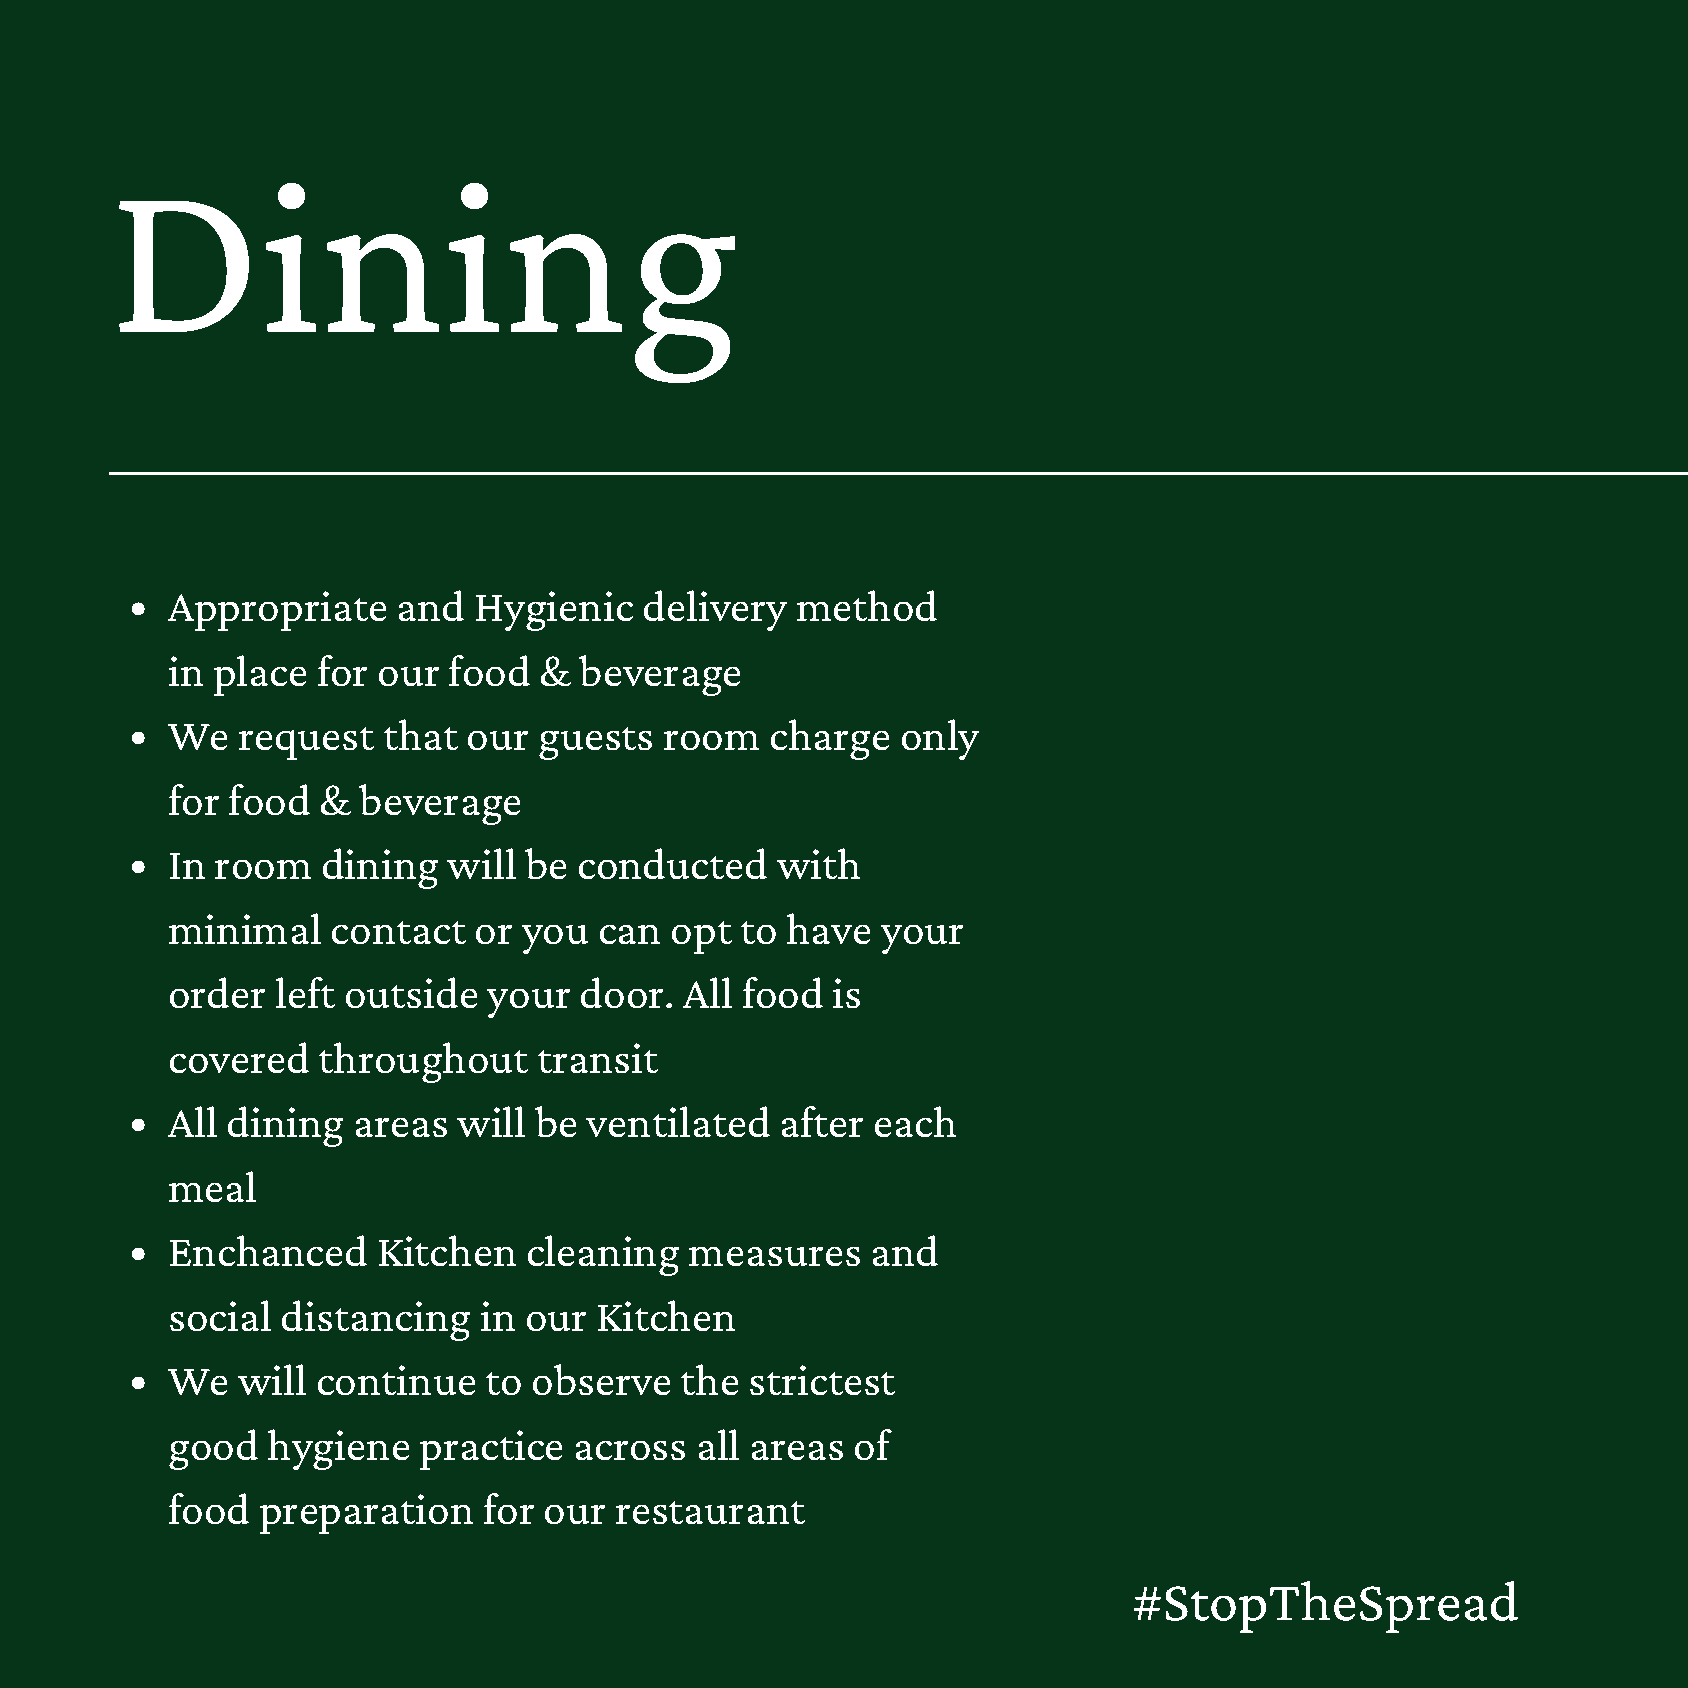
Dining
 Appropriate    and  Hygienic   delivery   method
 in place  for our  food  & beverage
 We   request  that  our  guests  room   charge   only
 for food  &  beverage
 In room   dining   will be conducted    with
 minimal    contact  or  you  can opt  to have  your
 order  left outside  your  door.  All food  is
 covered   throughout     transit
 All dining  areas  will be  ventilated   after each
 meal
 Enchanced     Kitchen   cleaning   measures    and
 social  distancing   in our Kitchen
 We   will continue   to observe   the  strictest
 good   hygiene   practice  across  all areas of
 food  preparation    for our  restaurant
 #StopTheSpread